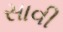
સાવી